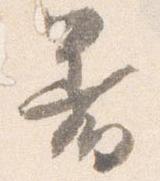
着